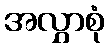
အလွှာစုံ